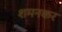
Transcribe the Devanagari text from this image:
शमनकर